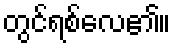
တွင်ရစ်လေ၏။